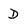
Character: D